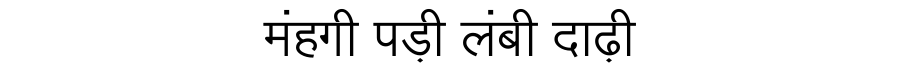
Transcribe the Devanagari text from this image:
मंहगी पड़ी लंबी दाढ़ी